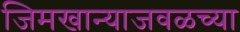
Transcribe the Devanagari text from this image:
जिमखान्याजवळच्या